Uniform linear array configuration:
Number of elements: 32
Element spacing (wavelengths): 0.5
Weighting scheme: kaiser
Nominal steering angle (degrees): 0
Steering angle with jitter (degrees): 1.56
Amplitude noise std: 0.05
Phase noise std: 0.05

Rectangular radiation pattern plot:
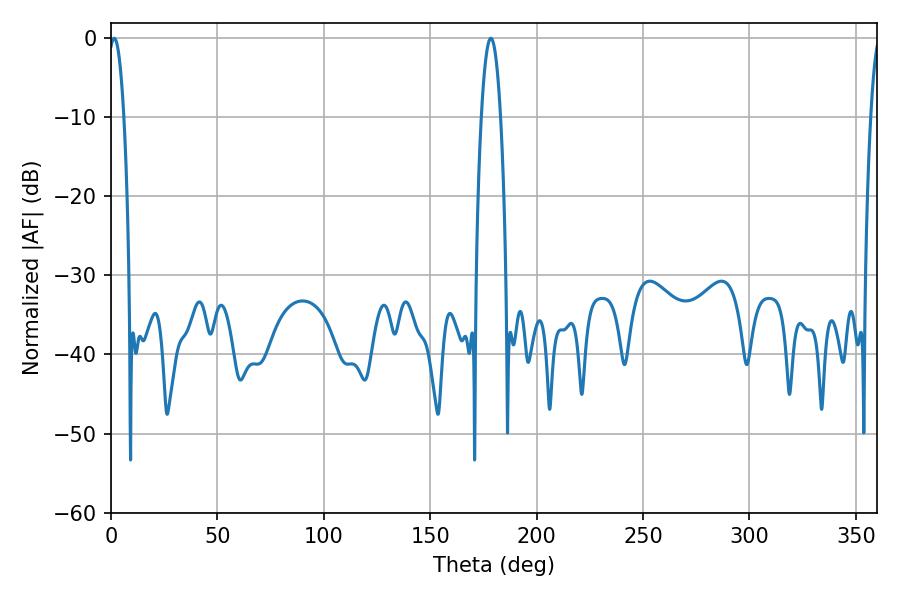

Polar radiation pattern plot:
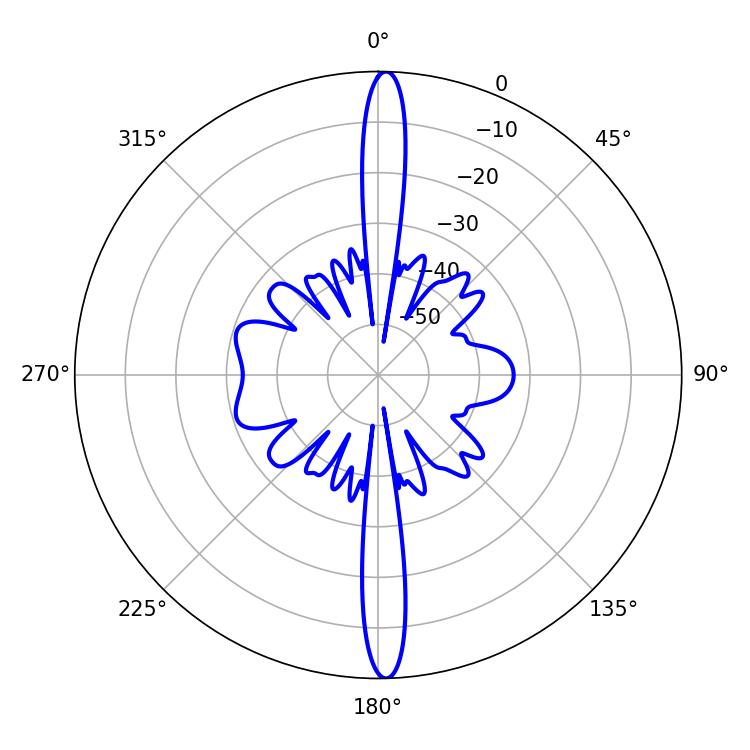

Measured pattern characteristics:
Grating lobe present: FALSE
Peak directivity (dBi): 26.432
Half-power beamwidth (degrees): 3.96
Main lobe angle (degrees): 1.44